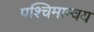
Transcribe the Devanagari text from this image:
पश्चिमान्वय